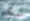
لكم